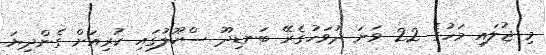
މި ޖުލައި މަހުގެ 22 ވަނަ ދުވަހުގެރޭ ބަނޑިދޫ ސްކޫލުގައި ކުރިއަށް ގެންދިޔަ